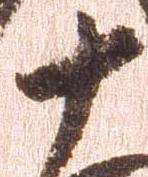
十